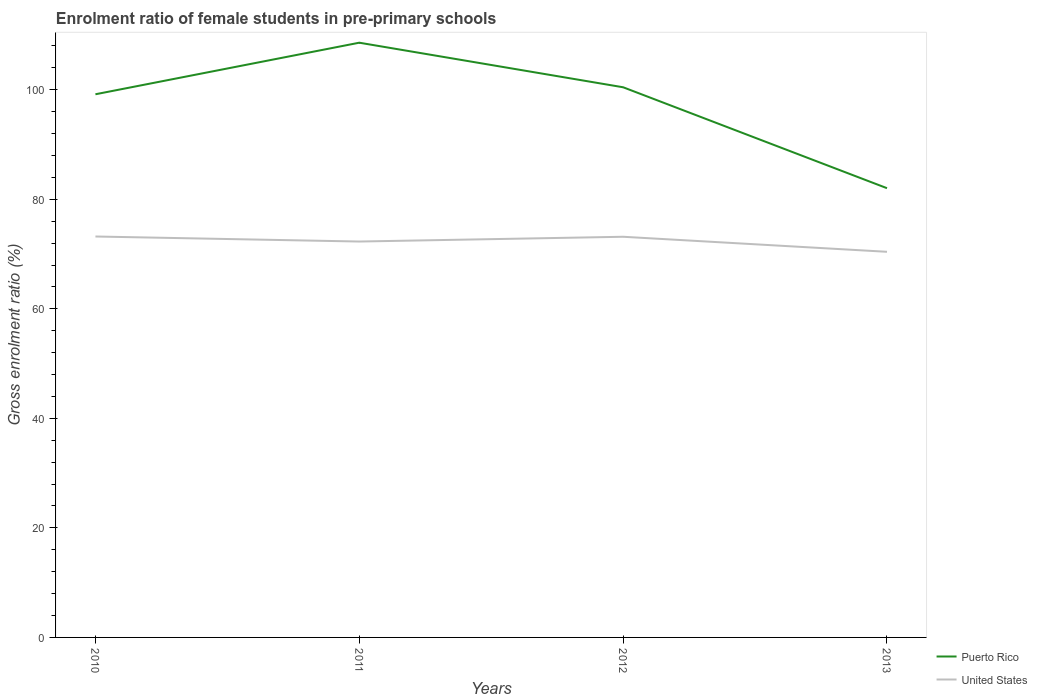
| Years | Puerto Rico | United States |
 | --- | --- | --- |
 | 2010 | 99.2 | 73.2 |
 | 2011 | 109 | 72.3 |
 | 2012 | 100 | 73.2 |
 | 2013 | 82 | 70.4 |